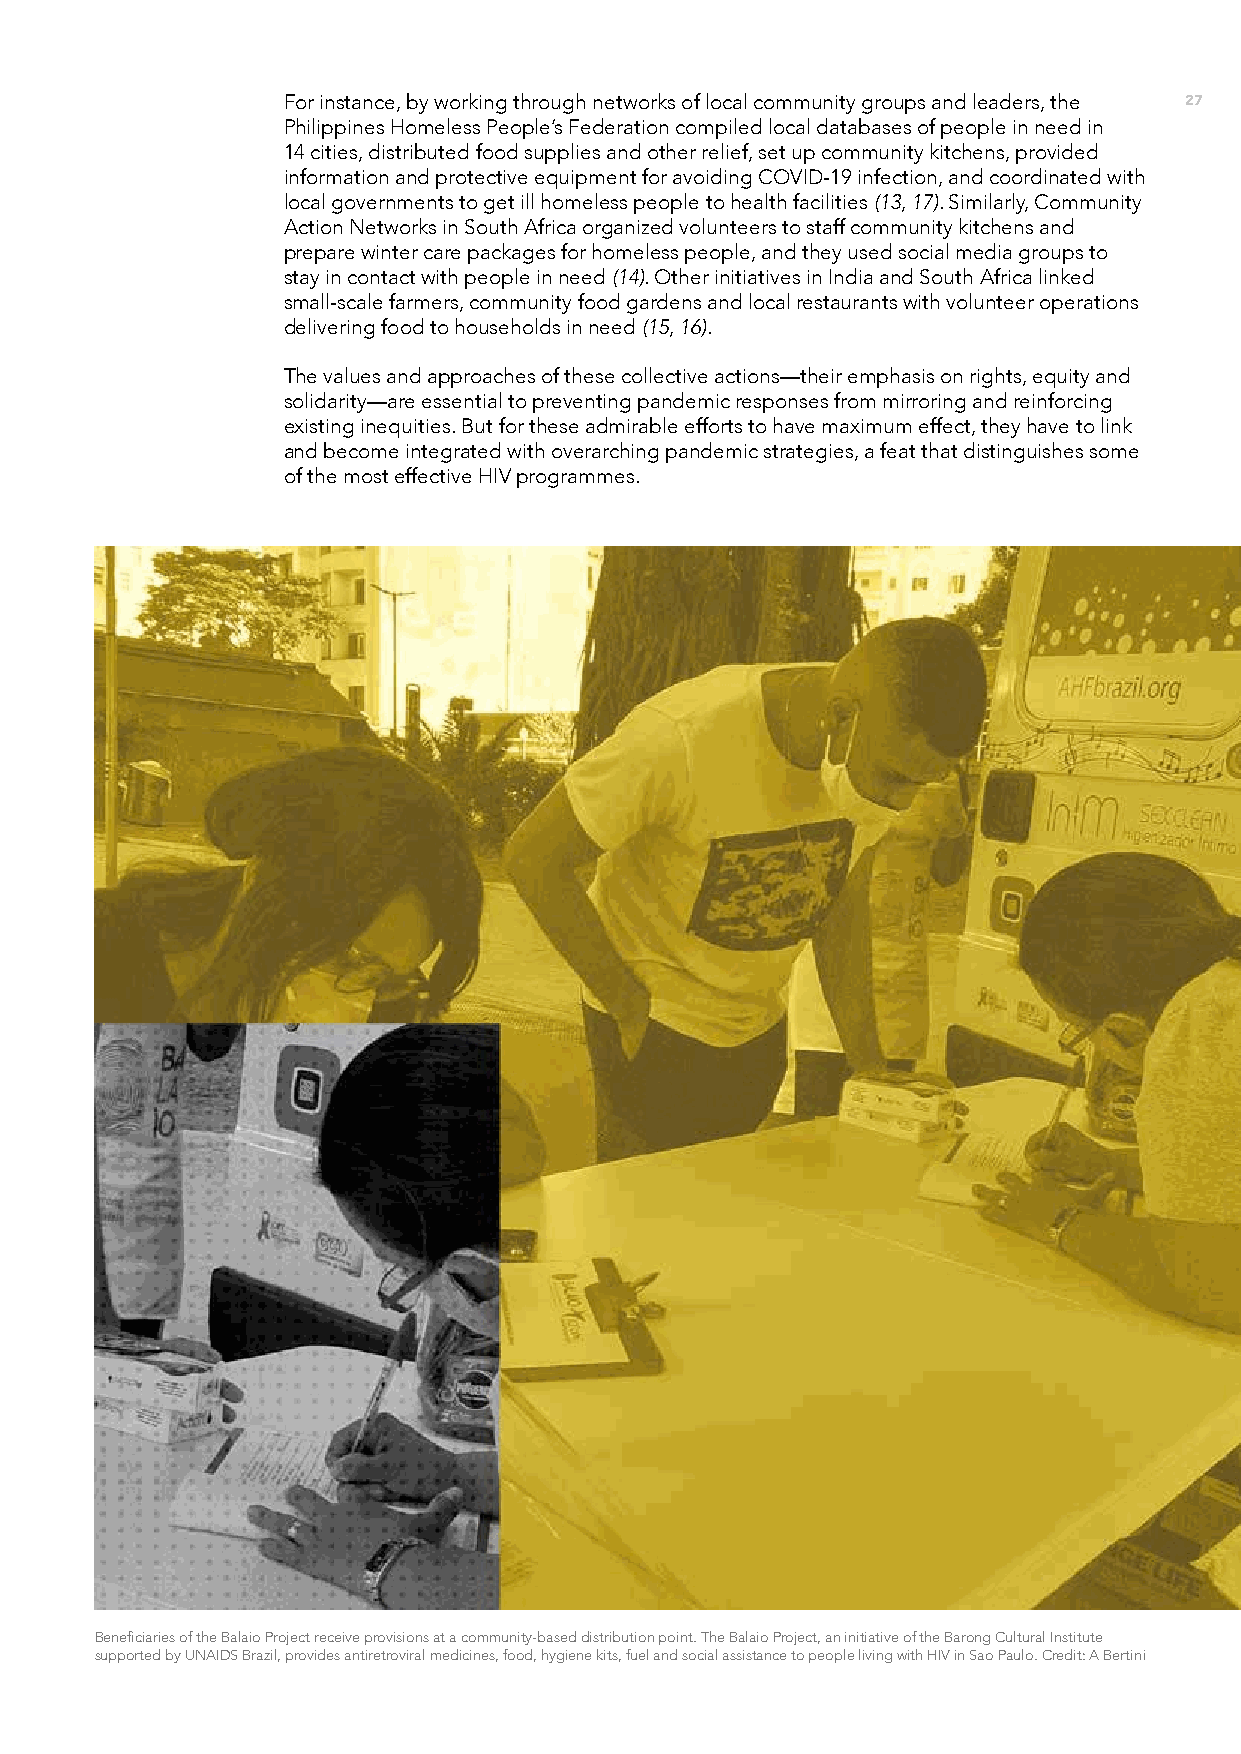
For instance, by working through networks of local community groups and leaders, the 27
 Philippines Homeless People’s Federation compiled local databases of people in need in
 14 cities, distributed food supplies and other relief, set up community kitchens, provided
 information and protective equipment for avoiding COVID-19 infection, and coordinated with
 local governments to get ill homeless people to health facilities (13, 17). Similarly, Community
 Action Networks in South Africa organized volunteers to staff community kitchens and
 prepare winter care packages for homeless people, and they used social media groups to
 stay in contact with people in need (14). Other initiatives in India and South Africa linked
 small-scale farmers, community food gardens and local restaurants with volunteer operations
 delivering food to households in need (15, 16).
 The values and approaches of these collective actions––their emphasis on rights, equity and
 solidarity––are essential to preventing pandemic responses from mirroring and reinforcing
 existing inequities. But for these admirable efforts to have maximum effect, they have to link
 and become integrated with overarching pandemic strategies, a feat that distinguishes some
 of the most effective HIV programmes.
 Beneficiaries of the Balaio Project receive provisions at a community-based distribution point. The Balaio Project, an initiative of the Barong Cultural Institute
 supported by UNAIDS Brazil, provides antiretroviral medicines, food, hygiene kits, fuel and social assistance to people living with HIV in Sao Paulo. Credit: A Bertini